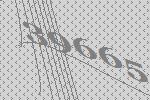
39665